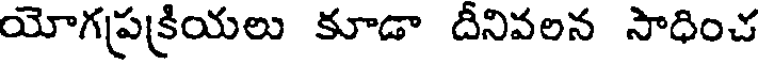
యోగప్రక్రియలు కూడా దీనివలన సాధించ